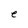
Character: e